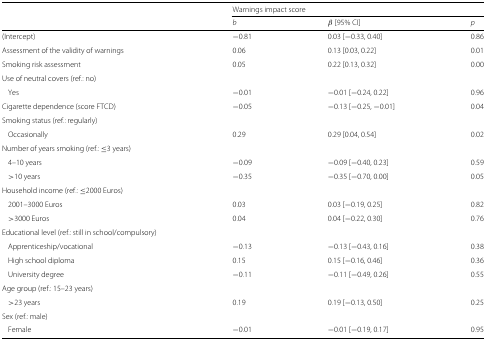
<table><thead><tr><td></td><td colspan="3"><b>Warnings impact score</b></td></tr><tr><td></td><td><b><i>b</i></b></td><td><b><i>β</i> [95% CI]</b></td><td><b><i>p</i></b></td></tr></thead><tbody><tr><td>(Intercept)</td><td>−0.81</td><td>0.03 [ −0.33, 0.40]</td><td>0.86</td></tr><tr><td>Assessment of the validity of warnings</td><td>0.06</td><td>0.13 [0.03, 0.22]</td><td>0.01</td></tr><tr><td>Smoking risk assessment</td><td>0.05</td><td>0.22 [0.13, 0.32]</td><td>0.00</td></tr><tr><td>Use of neutral covers (ref.: no)</td><td></td><td></td><td></td></tr><tr><td>Yes</td><td>−0.01</td><td>−0.01 [ −0.24, 0.22]</td><td>0.96</td></tr><tr><td>Cigarette dependence (score FTCD)</td><td>−0.05</td><td>−0.13 [ −0.25, −0.01]</td><td>0.04</td></tr><tr><td>Smoking status (ref.: regularly)</td><td></td><td></td><td></td></tr><tr><td>Occasionally</td><td>0.29</td><td>0.29 [0.04, 0.54]</td><td>0.02</td></tr><tr><td>Number of years smoking (ref.: ≤3 years)</td><td></td><td></td><td></td></tr><tr><td>4–10 years</td><td>−0.09</td><td>−0.09 [ −0.40, 0.23]</td><td>0.59</td></tr><tr><td>&gt;10 years</td><td>−0.35</td><td>−0.35 [ −0.70, 0.00]</td><td>0.05</td></tr><tr><td>Household income (ref.: ≤2000 Euros)</td><td></td><td></td><td></td></tr><tr><td>2001–3000 Euros</td><td>0.03</td><td>0.03 [ −0.19, 0.25]</td><td>0.82</td></tr><tr><td>&gt;3000 Euros</td><td>0.04</td><td>0.04 [ −0.22, 0.30]</td><td>0.76</td></tr><tr><td>Educational level (ref.: still in school/compulsory)</td><td></td><td></td><td></td></tr><tr><td>Apprenticeship/vocational</td><td>−0.13</td><td>−0.13 [ −0.43, 0.16]</td><td>0.38</td></tr><tr><td>High school diploma</td><td>0.15</td><td>0.15 [ −0.16, 0.46]</td><td>0.36</td></tr><tr><td>University degree</td><td>−0.11</td><td>−0.11 [ −0.49, 0.26]</td><td>0.55</td></tr><tr><td>Age group (ref.: 15–23 years)</td><td></td><td></td><td></td></tr><tr><td>&gt;23 years</td><td>0.19</td><td>0.19 [ −0.13, 0.50]</td><td>0.25</td></tr><tr><td>Sex (ref.: male)</td><td></td><td></td><td></td></tr><tr><td>Female</td><td>−0.01</td><td>−0.01 [ −0.19, 0.17]</td><td>0.95</td></tr></tbody></table>